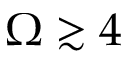
\Omega \gtrsim 4